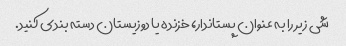
شی زیر را به عنوان پستاندار، خزنده یا دوزیستان دسته بندی کنید.